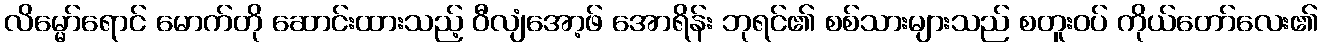
လိမ္မော်ရောင် မောက်တို ဆောင်းထားသည့် ဝီလျံအော့ဖ် အောရိန်း ဘုရင်၏ စစ်သားများသည် စတူးဝပ် ကိုယ်တော်လေး၏